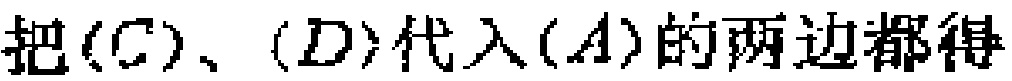
把$(C)$、$(D)$代入$(A)$的两边都得